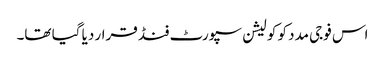
اس فوجی مدد کو کولیشن سپورٹ فنڈ قرار دیا گیا تھا۔